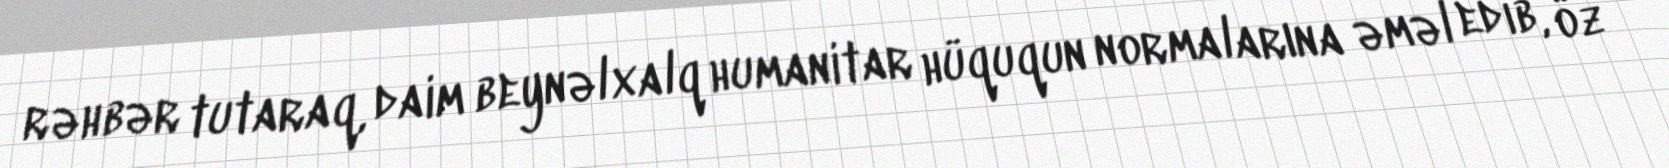
rəhbər tutaraq, daim beynəlxalq humanitar hüququn normalarına əməl edib, öz